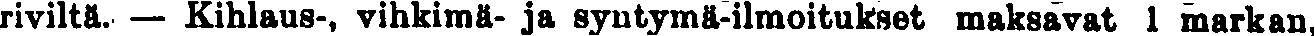
riviltä. — Kihlaus-, vihkimä- ja syntymä-ilmoitukset maksavat 1 markan,